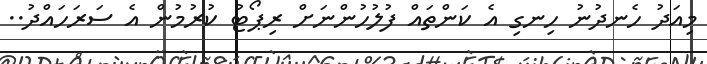
މިއަދު ހެނދުނު ހިނގި އެ ކަންތައް ފުލުހުންނަށް ރިޕޯޓު ކުރުމުން އެ ސަރަހައްދު..